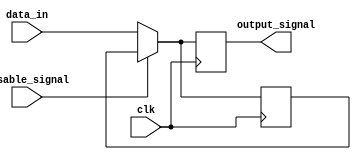
module Disable (
    input wire disable_signal,    // Control Signal
    input wire clk,               // Clock Signal (for synchronous operation)
    input wire data_in,           // Input data to be processed
    output reg output_signal       // Output Signal
);

// Internal register to hold the last valid output value
reg last_valid_output;

always @(posedge clk) begin
    if (disable_signal) begin
        // When disabled, retain the last valid output
        // (Latch behavior)
        output_signal <= last_valid_output;
    end else begin
        // When enabled, perform intended operations
        // For example, simply reflect the input data to output
        output_signal <= data_in;
        // Update last valid output
        last_valid_output <= data_in;
    end
end

endmodule